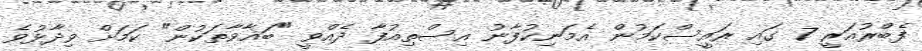
ފެބްރުއަރީ 7 ގައި ރައީސްކަމުން އެމަނިކުފާނު އިސްތިއުފާ ދެއްވީ "ބަޣާވާތަކުން" ކަމަށް ވިދާޅުވެ